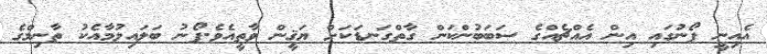
އެއިނީ ފޯނުގައި އިން އެއްޗެއްގެ ސަބަބުންކަން ގާތްގަނޑަކަށް ޔަޤީން ވާތީއެވެ.ފޯނު ބަލައިލުމާއެކު ތާނިމްގެ